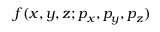
f ( x , y , z ; p _ { x } , p _ { y } , p _ { z } )